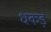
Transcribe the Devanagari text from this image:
धकड़